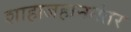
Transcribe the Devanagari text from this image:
शाहाजहाननंतर